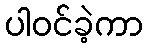
ပါဝင်ခဲ့ကာ